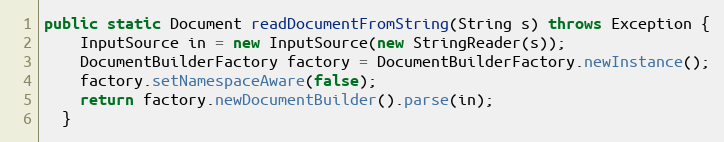
Language: Java
public static Document readDocumentFromString(String s) throws Exception {
    InputSource in = new InputSource(new StringReader(s));
    DocumentBuilderFactory factory = DocumentBuilderFactory.newInstance();
    factory.setNamespaceAware(false);
    return factory.newDocumentBuilder().parse(in);
  }